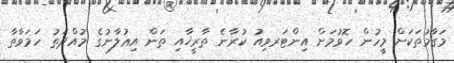
މަގާމުތަކަށް މީހުން ހޮވުމަށް އިންޓަރވިއު ކުރާނެ ތާރީޚާއި ތަން އިޢުލާނުގެ މުއްދަތު ހަމަވާތާ